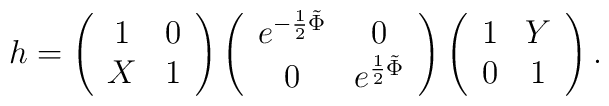
h=\left(\begin{array}{cc}         1 & 0 \\         X & 1	        \end{array}\right)  \left(\begin{array}{cc}         e^{-\frac{1}{2}\tilde{\Phi}} &  0 \\         0 & e^{\frac{1}{2}\tilde{\Phi}}        \end{array}\right)  \left(\begin{array}{cc}         1 & Y \\         0 & 1         \end{array}\right).